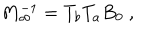
M _ { \infty } ^ { - 1 } = T _ { b } T _ { a } B _ { 0 } \ ,